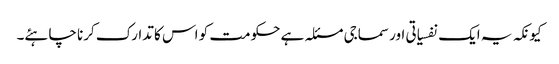
کیونکہ یہ ایک نفسیاتی اور سماجی مسئلہ ہے حکومت کو اس کا تدارک کرنا چاہئے۔